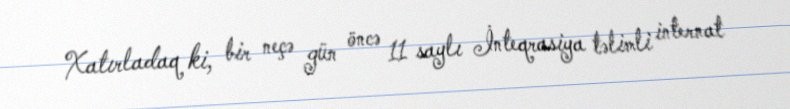
Xatırladaq ki, bir neçə gün öncə 11 saylı İnteqrasiya təlimli internat